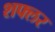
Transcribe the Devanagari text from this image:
शफ्लर